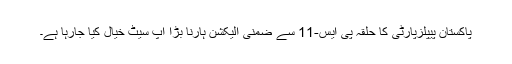
پاکستان پیپلزپارٹی کا حلقہ پی ایس-11 سے ضمنی الیکشن ہارنا بڑا اپ سیٹ خیال کیا جارہا ہے۔